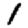
Digit: 1